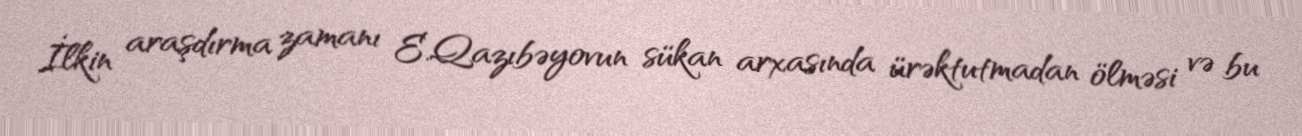
İlkin araşdırma zamanı E.Qazıbəyovun sükan arxasında ürəktutmadan ölməsi və bu